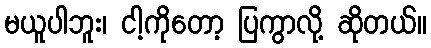
မယူပါဘူး၊ ငါ့ကိုတော့ ပြကွာလို့ ဆိုတယ်။